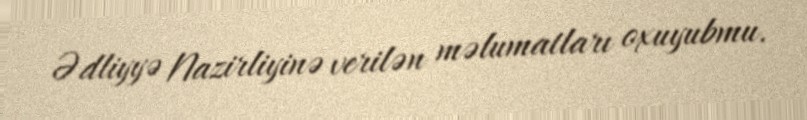
Ədliyyə Nazirliyinə verilən məlumatları oxuyubmu.